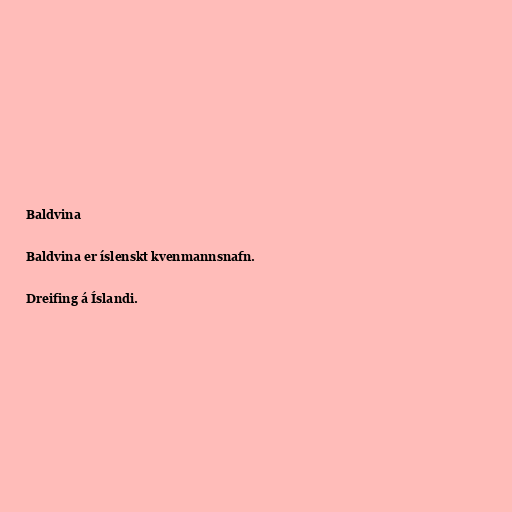
Baldvina

Baldvina er íslenskt kvenmannsnafn.

Dreifing á Íslandi.